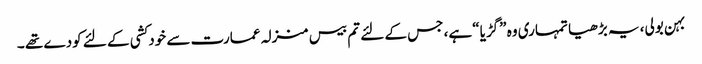
بہن بولی، یہ بڑھیا تمہاری وہ ”گڑیا“ ہے، جس کے لئے تم بیس منزلہ عمارت سے خودکشی کے لئے کودے تھے ۔